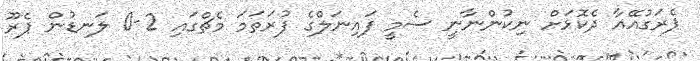
ޕެރަގުއޭއާ ދެކޮޅަށް ނިކުންނާނީ ސެމީ ފައިނަލްގެ ފުރަތަމަ މެޗްގައި 2-0 ލަނޑުން ޕެރޫ